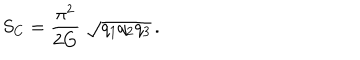
S _ { C } = \frac { \pi ^ { 2 } } { 2 G } \; \sqrt { q _ { 1 } q _ { 2 } q _ { 3 } } \, .